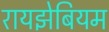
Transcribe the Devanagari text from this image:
रायझेबियम